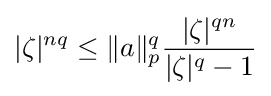
|\zeta |^{nq}\leq \|a\|_{p}^{q}{\frac {|\zeta |^{qn}}{|\zeta |^{q}-1}}